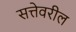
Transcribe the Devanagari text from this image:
सत्तेवरील